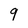
Character: 9